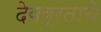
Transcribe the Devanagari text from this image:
देवव्रताचे